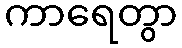
ကာရေတွာ